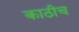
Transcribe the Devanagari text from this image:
काठीच